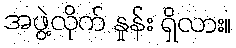
အဖွဲ့လိုက် နှုန်း ရှိလား။